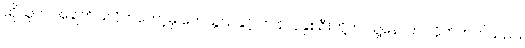
ထိုသူက အချက်ပြလိုက်တော့မှ ကေသွယ်နှင့် ကျန်လူနှစ်ဦးတို့က သူ့နောက် လိုက်တက်သည်။